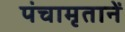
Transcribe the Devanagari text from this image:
पंचामृतानें